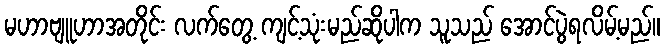
မဟာဗျူဟာအတိုင်း လက်တွေ့ ကျင့်သုံးမည်ဆိုပါက သူသည် အောင်ပွဲရလိမ့်မည်။